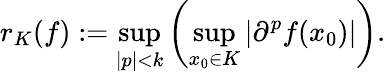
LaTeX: r_{K}(f):=\operatorname*{sup}_{|p|<k}\left(\operatorname*{sup}_{x_{0}\in K}\left|\partial^{p}f(x_{0})\right|\right).